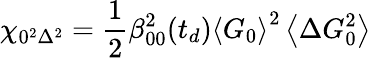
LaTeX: \chi_{0^{2}\Delta^{2}}=\frac{1}{2}\beta_{00}^{2}(t_{d})\left\langle G_{0}\right\rangle^{2}\left\langle\Delta G_{0}^{2}\right\rangle